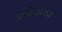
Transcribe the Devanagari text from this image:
अनोखापन